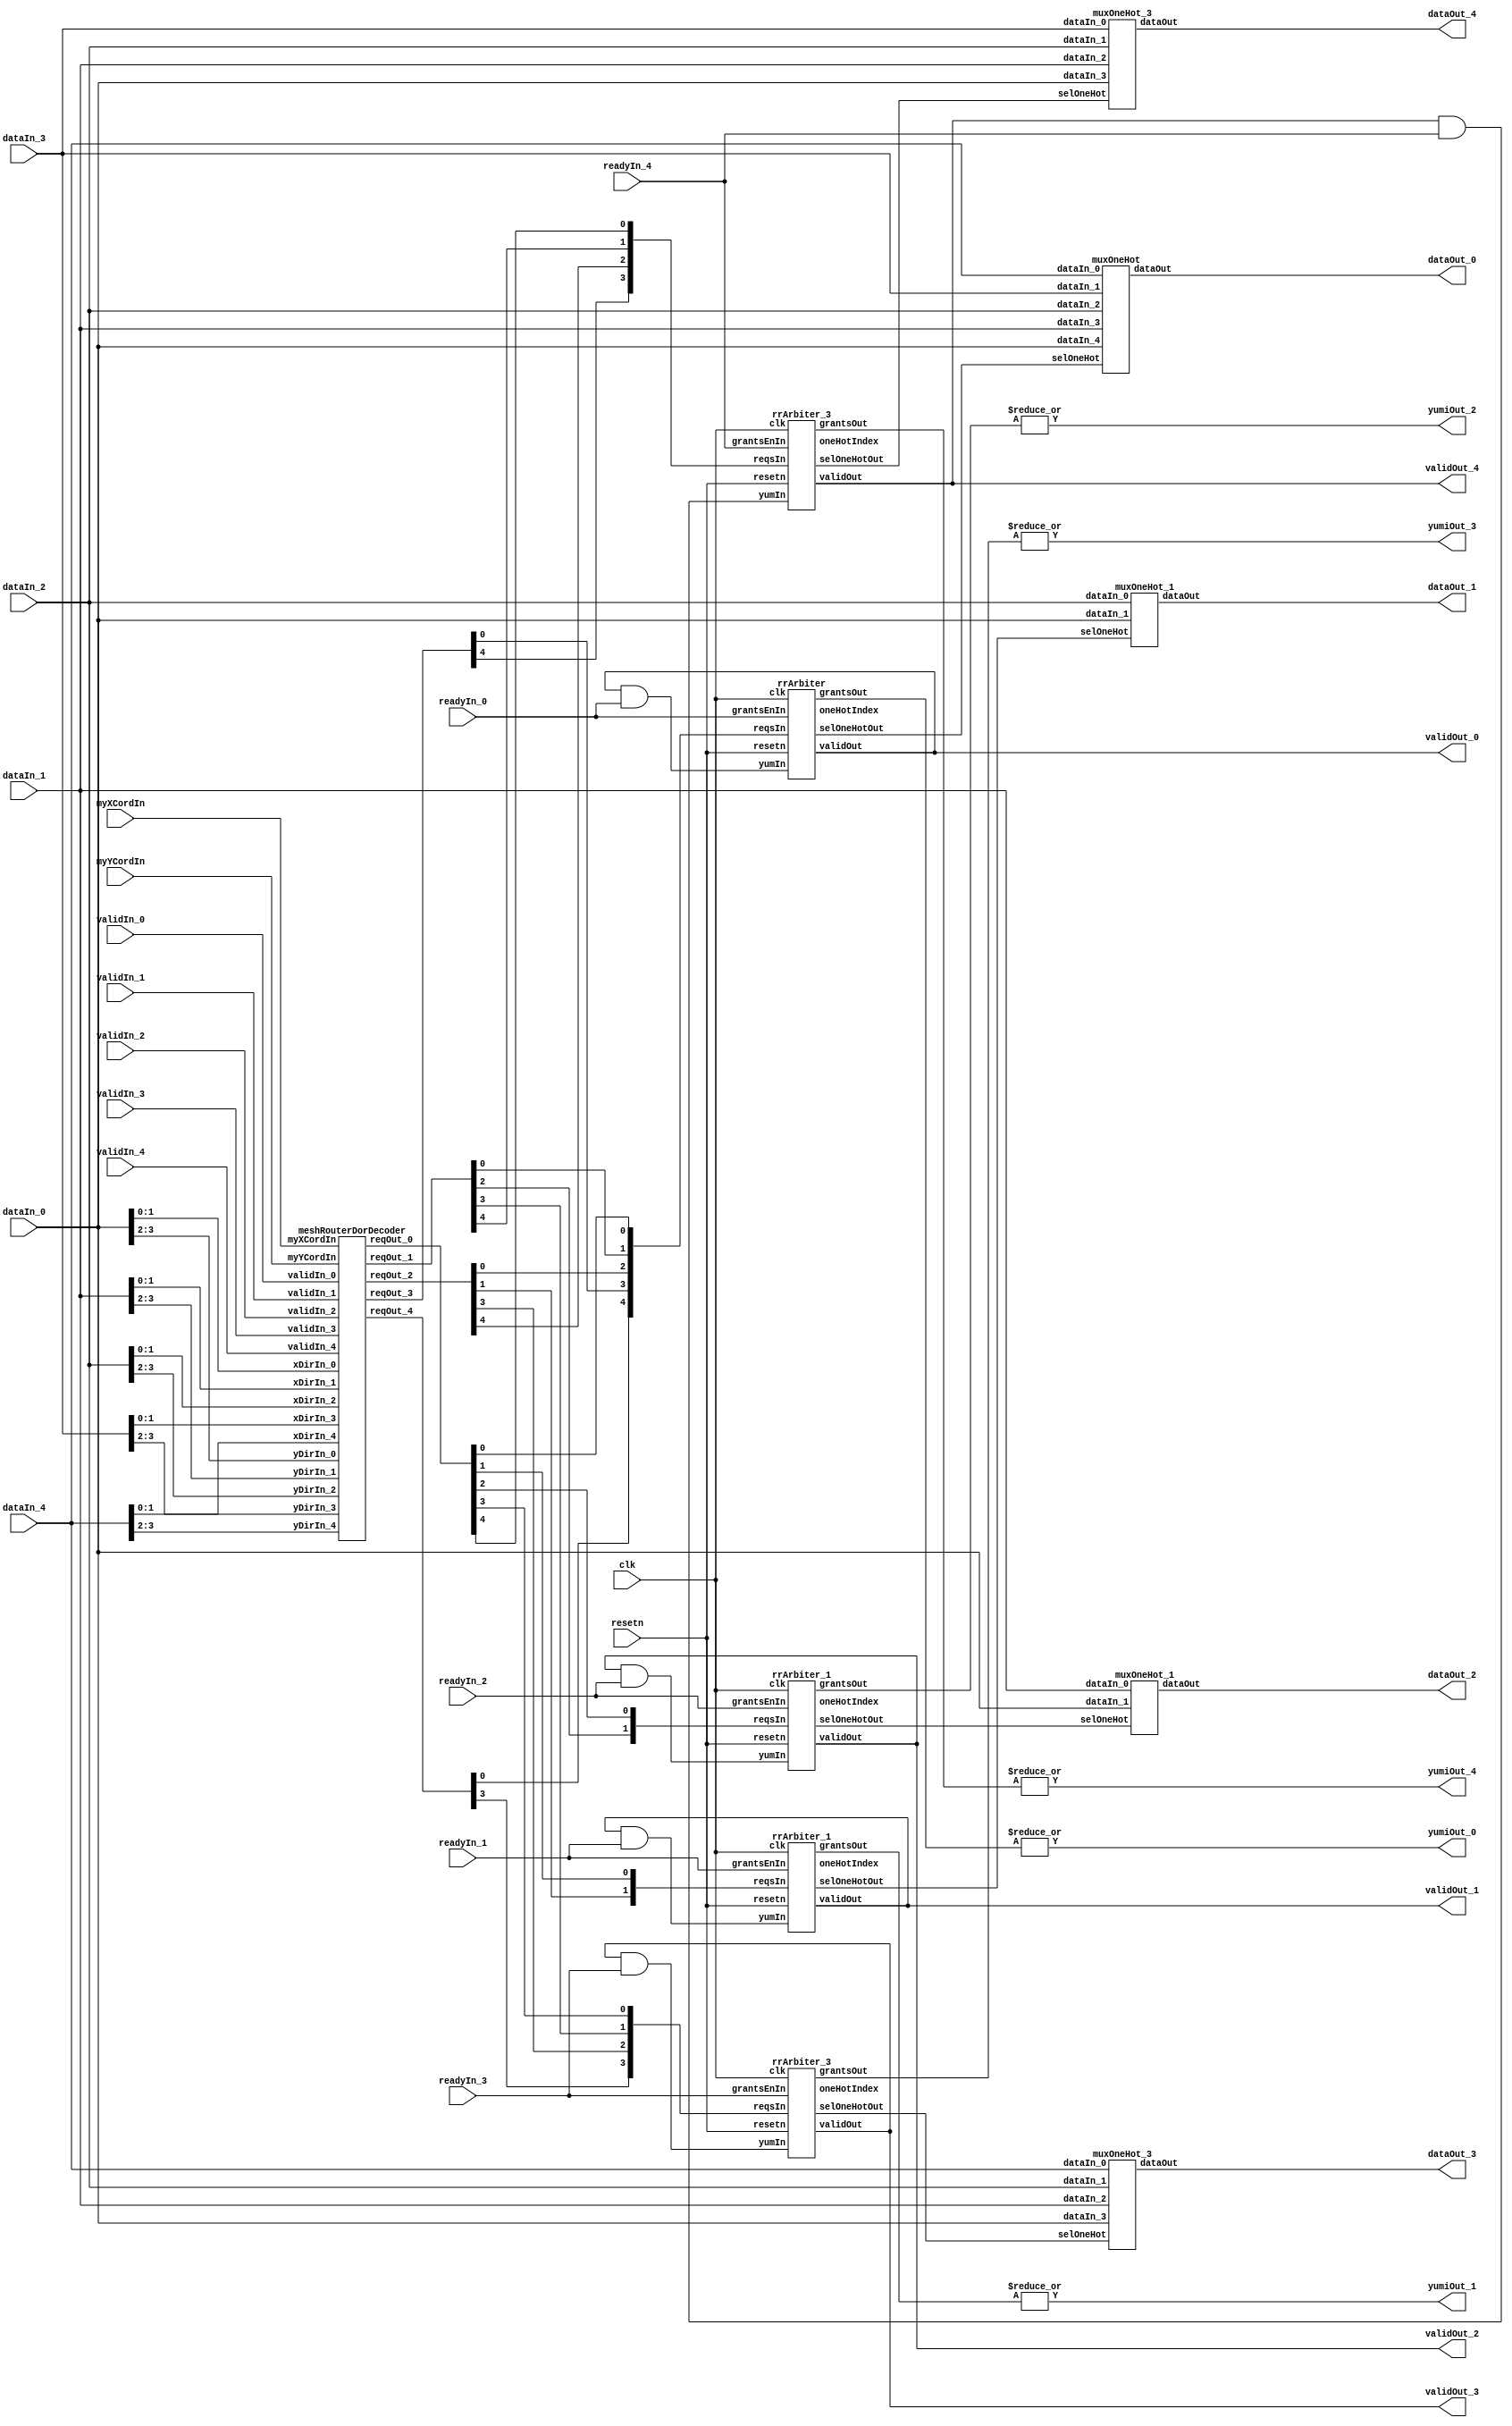
// Generator : SpinalHDL v1.7.3    git head : ed8004c489ee8a38c2cab309d0447b543fe9d5b8
// Component : meshRouter

`timescale 1ns/1ps

module meshRouter (
  input      [31:0]   dataIn_0,
  input      [31:0]   dataIn_1,
  input      [31:0]   dataIn_2,
  input      [31:0]   dataIn_3,
  input      [31:0]   dataIn_4,
  input               validIn_0,
  input               validIn_1,
  input               validIn_2,
  input               validIn_3,
  input               validIn_4,
  output              yumiOut_0,
  output              yumiOut_1,
  output              yumiOut_2,
  output              yumiOut_3,
  output              yumiOut_4,
  input               readyIn_0,
  input               readyIn_1,
  input               readyIn_2,
  input               readyIn_3,
  input               readyIn_4,
  output     [31:0]   dataOut_0,
  output     [31:0]   dataOut_1,
  output     [31:0]   dataOut_2,
  output     [31:0]   dataOut_3,
  output     [31:0]   dataOut_4,
  output              validOut_0,
  output              validOut_1,
  output              validOut_2,
  output              validOut_3,
  output              validOut_4,
  input      [1:0]    myXCordIn,
  input      [1:0]    myYCordIn,
  input               clk,
  input               resetn
);

  wire       [4:0]    meshDorRouting_reqOut_0;
  wire       [4:0]    meshDorRouting_reqOut_1;
  wire       [4:0]    meshDorRouting_reqOut_2;
  wire       [4:0]    meshDorRouting_reqOut_3;
  wire       [4:0]    meshDorRouting_reqOut_4;
  wire       [4:0]    rrArbiter_5_grantsOut;
  wire       [4:0]    rrArbiter_5_selOneHotOut;
  wire       [2:0]    rrArbiter_5_oneHotIndex;
  wire                rrArbiter_5_validOut;
  wire       [31:0]   muxOneHot_5_dataOut;
  wire       [1:0]    rrArbiter_6_grantsOut;
  wire       [1:0]    rrArbiter_6_selOneHotOut;
  wire       [0:0]    rrArbiter_6_oneHotIndex;
  wire                rrArbiter_6_validOut;
  wire       [31:0]   muxOneHot_6_dataOut;
  wire       [1:0]    rrArbiter_7_grantsOut;
  wire       [1:0]    rrArbiter_7_selOneHotOut;
  wire       [0:0]    rrArbiter_7_oneHotIndex;
  wire                rrArbiter_7_validOut;
  wire       [31:0]   muxOneHot_7_dataOut;
  wire       [3:0]    rrArbiter_8_grantsOut;
  wire       [3:0]    rrArbiter_8_selOneHotOut;
  wire       [1:0]    rrArbiter_8_oneHotIndex;
  wire                rrArbiter_8_validOut;
  wire       [31:0]   muxOneHot_8_dataOut;
  wire       [3:0]    rrArbiter_9_grantsOut;
  wire       [3:0]    rrArbiter_9_selOneHotOut;
  wire       [1:0]    rrArbiter_9_oneHotIndex;
  wire                rrArbiter_9_validOut;
  wire       [31:0]   muxOneHot_9_dataOut;
  wire       [31:0]   _zz_xDirs_0;
  wire       [31:0]   _zz_yDirs_0;
  wire       [31:0]   _zz_xDirs_1;
  wire       [31:0]   _zz_yDirs_1;
  wire       [31:0]   _zz_xDirs_2;
  wire       [31:0]   _zz_yDirs_2;
  wire       [31:0]   _zz_xDirs_3;
  wire       [31:0]   _zz_yDirs_3;
  wire       [31:0]   _zz_xDirs_4;
  wire       [31:0]   _zz_yDirs_4;
  wire       [1:0]    xDirs_0;
  wire       [1:0]    xDirs_1;
  wire       [1:0]    xDirs_2;
  wire       [1:0]    xDirs_3;
  wire       [1:0]    xDirs_4;
  wire       [1:0]    yDirs_0;
  wire       [1:0]    yDirs_1;
  wire       [1:0]    yDirs_2;
  wire       [1:0]    yDirs_3;
  wire       [1:0]    yDirs_4;
  wire       [4:0]    _zz_readyInStub_0;
  wire                readyInStub_0;
  wire                readyInStub_1;
  wire                readyInStub_2;
  wire                readyInStub_3;
  wire                readyInStub_4;
  wire       [4:0]    _zz_validInStub_0;
  wire                validInStub_0;
  wire                validInStub_1;
  wire                validInStub_2;
  wire                validInStub_3;
  wire                validInStub_4;
  wire       [4:0]    dirReq_0;
  wire       [4:0]    dirReq_1;
  wire       [4:0]    dirReq_2;
  wire       [4:0]    dirReq_3;
  wire       [4:0]    dirReq_4;
  wire                grantDirEnIn_0;
  wire                grantDirEnIn_1;
  wire                grantDirEnIn_2;
  wire                grantDirEnIn_3;
  wire                grantDirEnIn_4;
  wire       [4:0]    reqDirIn_0;
  wire       [1:0]    reqDirIn_1;
  wire       [1:0]    reqDirIn_2;
  wire       [3:0]    reqDirIn_3;
  wire       [3:0]    reqDirIn_4;
  wire       [4:0]    grantDirOut_0;
  wire       [1:0]    grantDirOut_1;
  wire       [1:0]    grantDirOut_2;
  wire       [3:0]    grantDirOut_3;
  wire       [3:0]    grantDirOut_4;
  wire       [4:0]    selDirOut_0;
  wire       [1:0]    selDirOut_1;
  wire       [1:0]    selDirOut_2;
  wire       [3:0]    selDirOut_3;
  wire       [3:0]    selDirOut_4;
  wire                validDirOut_0;
  wire                validDirOut_1;
  wire                validDirOut_2;
  wire                validDirOut_3;
  wire                validDirOut_4;
  wire                yumDirIn_0;
  wire                yumDirIn_1;
  wire                yumDirIn_2;
  wire                yumDirIn_3;
  wire                yumDirIn_4;

  assign _zz_xDirs_0 = dataIn_0;
  assign _zz_yDirs_0 = dataIn_0;
  assign _zz_xDirs_1 = dataIn_1;
  assign _zz_yDirs_1 = dataIn_1;
  assign _zz_xDirs_2 = dataIn_2;
  assign _zz_yDirs_2 = dataIn_2;
  assign _zz_xDirs_3 = dataIn_3;
  assign _zz_yDirs_3 = dataIn_3;
  assign _zz_xDirs_4 = dataIn_4;
  assign _zz_yDirs_4 = dataIn_4;
  meshRouterDorDecoder meshDorRouting (
    .validIn_0 (validInStub_0               ), //i
    .validIn_1 (validInStub_1               ), //i
    .validIn_2 (validInStub_2               ), //i
    .validIn_3 (validInStub_3               ), //i
    .validIn_4 (validInStub_4               ), //i
    .xDirIn_0  (xDirs_0[1:0]                ), //i
    .xDirIn_1  (xDirs_1[1:0]                ), //i
    .xDirIn_2  (xDirs_2[1:0]                ), //i
    .xDirIn_3  (xDirs_3[1:0]                ), //i
    .xDirIn_4  (xDirs_4[1:0]                ), //i
    .yDirIn_0  (yDirs_0[1:0]                ), //i
    .yDirIn_1  (yDirs_1[1:0]                ), //i
    .yDirIn_2  (yDirs_2[1:0]                ), //i
    .yDirIn_3  (yDirs_3[1:0]                ), //i
    .yDirIn_4  (yDirs_4[1:0]                ), //i
    .myXCordIn (myXCordIn[1:0]              ), //i
    .myYCordIn (myYCordIn[1:0]              ), //i
    .reqOut_0  (meshDorRouting_reqOut_0[4:0]), //o
    .reqOut_1  (meshDorRouting_reqOut_1[4:0]), //o
    .reqOut_2  (meshDorRouting_reqOut_2[4:0]), //o
    .reqOut_3  (meshDorRouting_reqOut_3[4:0]), //o
    .reqOut_4  (meshDorRouting_reqOut_4[4:0])  //o
  );
  rrArbiter rrArbiter_5 (
    .grantsEnIn   (grantDirEnIn_0               ), //i
    .reqsIn       (reqDirIn_0[4:0]              ), //i
    .grantsOut    (rrArbiter_5_grantsOut[4:0]   ), //o
    .selOneHotOut (rrArbiter_5_selOneHotOut[4:0]), //o
    .yumIn        (yumDirIn_0                   ), //i
    .oneHotIndex  (rrArbiter_5_oneHotIndex[2:0] ), //o
    .validOut     (rrArbiter_5_validOut         ), //o
    .clk          (clk                          ), //i
    .resetn       (resetn                       )  //i
  );
  muxOneHot muxOneHot_5 (
    .dataIn_0  (dataIn_4[31:0]           ), //i
    .dataIn_1  (dataIn_3[31:0]           ), //i
    .dataIn_2  (dataIn_2[31:0]           ), //i
    .dataIn_3  (dataIn_1[31:0]           ), //i
    .dataIn_4  (dataIn_0[31:0]           ), //i
    .selOneHot (selDirOut_0[4:0]         ), //i
    .dataOut   (muxOneHot_5_dataOut[31:0])  //o
  );
  rrArbiter_1 rrArbiter_6 (
    .grantsEnIn   (grantDirEnIn_1               ), //i
    .reqsIn       (reqDirIn_1[1:0]              ), //i
    .grantsOut    (rrArbiter_6_grantsOut[1:0]   ), //o
    .selOneHotOut (rrArbiter_6_selOneHotOut[1:0]), //o
    .yumIn        (yumDirIn_1                   ), //i
    .oneHotIndex  (rrArbiter_6_oneHotIndex      ), //o
    .validOut     (rrArbiter_6_validOut         ), //o
    .clk          (clk                          ), //i
    .resetn       (resetn                       )  //i
  );
  muxOneHot_1 muxOneHot_6 (
    .dataIn_0  (dataIn_2[31:0]           ), //i
    .dataIn_1  (dataIn_0[31:0]           ), //i
    .selOneHot (selDirOut_1[1:0]         ), //i
    .dataOut   (muxOneHot_6_dataOut[31:0])  //o
  );
  rrArbiter_1 rrArbiter_7 (
    .grantsEnIn   (grantDirEnIn_2               ), //i
    .reqsIn       (reqDirIn_2[1:0]              ), //i
    .grantsOut    (rrArbiter_7_grantsOut[1:0]   ), //o
    .selOneHotOut (rrArbiter_7_selOneHotOut[1:0]), //o
    .yumIn        (yumDirIn_2                   ), //i
    .oneHotIndex  (rrArbiter_7_oneHotIndex      ), //o
    .validOut     (rrArbiter_7_validOut         ), //o
    .clk          (clk                          ), //i
    .resetn       (resetn                       )  //i
  );
  muxOneHot_1 muxOneHot_7 (
    .dataIn_0  (dataIn_1[31:0]           ), //i
    .dataIn_1  (dataIn_0[31:0]           ), //i
    .selOneHot (selDirOut_2[1:0]         ), //i
    .dataOut   (muxOneHot_7_dataOut[31:0])  //o
  );
  rrArbiter_3 rrArbiter_8 (
    .grantsEnIn   (grantDirEnIn_3               ), //i
    .reqsIn       (reqDirIn_3[3:0]              ), //i
    .grantsOut    (rrArbiter_8_grantsOut[3:0]   ), //o
    .selOneHotOut (rrArbiter_8_selOneHotOut[3:0]), //o
    .yumIn        (yumDirIn_3                   ), //i
    .oneHotIndex  (rrArbiter_8_oneHotIndex[1:0] ), //o
    .validOut     (rrArbiter_8_validOut         ), //o
    .clk          (clk                          ), //i
    .resetn       (resetn                       )  //i
  );
  muxOneHot_3 muxOneHot_8 (
    .dataIn_0  (dataIn_4[31:0]           ), //i
    .dataIn_1  (dataIn_2[31:0]           ), //i
    .dataIn_2  (dataIn_1[31:0]           ), //i
    .dataIn_3  (dataIn_0[31:0]           ), //i
    .selOneHot (selDirOut_3[3:0]         ), //i
    .dataOut   (muxOneHot_8_dataOut[31:0])  //o
  );
  rrArbiter_3 rrArbiter_9 (
    .grantsEnIn   (grantDirEnIn_4               ), //i
    .reqsIn       (reqDirIn_4[3:0]              ), //i
    .grantsOut    (rrArbiter_9_grantsOut[3:0]   ), //o
    .selOneHotOut (rrArbiter_9_selOneHotOut[3:0]), //o
    .yumIn        (yumDirIn_4                   ), //i
    .oneHotIndex  (rrArbiter_9_oneHotIndex[1:0] ), //o
    .validOut     (rrArbiter_9_validOut         ), //o
    .clk          (clk                          ), //i
    .resetn       (resetn                       )  //i
  );
  muxOneHot_3 muxOneHot_9 (
    .dataIn_0  (dataIn_3[31:0]           ), //i
    .dataIn_1  (dataIn_2[31:0]           ), //i
    .dataIn_2  (dataIn_1[31:0]           ), //i
    .dataIn_3  (dataIn_0[31:0]           ), //i
    .selOneHot (selDirOut_4[3:0]         ), //i
    .dataOut   (muxOneHot_9_dataOut[31:0])  //o
  );
  assign _zz_readyInStub_0 = 5'h0;
  assign readyInStub_0 = (readyIn_0 || _zz_readyInStub_0[0]);
  assign readyInStub_1 = (readyIn_1 || _zz_readyInStub_0[1]);
  assign readyInStub_2 = (readyIn_2 || _zz_readyInStub_0[2]);
  assign readyInStub_3 = (readyIn_3 || _zz_readyInStub_0[3]);
  assign readyInStub_4 = (readyIn_4 || _zz_readyInStub_0[4]);
  assign _zz_validInStub_0 = 5'h0;
  assign validInStub_0 = (validIn_0 || _zz_validInStub_0[0]);
  assign validInStub_1 = (validIn_1 || _zz_validInStub_0[1]);
  assign validInStub_2 = (validIn_2 || _zz_validInStub_0[2]);
  assign validInStub_3 = (validIn_3 || _zz_validInStub_0[3]);
  assign validInStub_4 = (validIn_4 || _zz_validInStub_0[4]);
  assign xDirs_0 = _zz_xDirs_0[1 : 0];
  assign yDirs_0 = _zz_yDirs_0[3 : 2];
  assign xDirs_1 = _zz_xDirs_1[1 : 0];
  assign yDirs_1 = _zz_yDirs_1[3 : 2];
  assign xDirs_2 = _zz_xDirs_2[1 : 0];
  assign yDirs_2 = _zz_yDirs_2[3 : 2];
  assign xDirs_3 = _zz_xDirs_3[1 : 0];
  assign yDirs_3 = _zz_yDirs_3[3 : 2];
  assign xDirs_4 = _zz_xDirs_4[1 : 0];
  assign yDirs_4 = _zz_yDirs_4[3 : 2];
  assign dirReq_0 = meshDorRouting_reqOut_0;
  assign dirReq_1 = meshDorRouting_reqOut_1;
  assign dirReq_2 = meshDorRouting_reqOut_2;
  assign dirReq_3 = meshDorRouting_reqOut_3;
  assign dirReq_4 = meshDorRouting_reqOut_4;
  assign grantDirEnIn_0 = readyInStub_0;
  assign yumDirIn_0 = (validDirOut_0 && readyInStub_0);
  assign reqDirIn_0 = {{{{dirReq_4[0],dirReq_3[0]},dirReq_2[0]},dirReq_1[0]},dirReq_0[0]};
  assign grantDirOut_0 = rrArbiter_5_grantsOut;
  assign selDirOut_0 = rrArbiter_5_selOneHotOut;
  assign validDirOut_0 = rrArbiter_5_validOut;
  assign dataOut_0 = muxOneHot_5_dataOut;
  assign yumiOut_0 = (|grantDirOut_0);
  assign validOut_0 = validDirOut_0;
  assign grantDirEnIn_1 = readyInStub_1;
  assign yumDirIn_1 = (validDirOut_1 && readyInStub_1);
  assign reqDirIn_1 = {dirReq_2[1],dirReq_0[1]};
  assign grantDirOut_1 = rrArbiter_6_grantsOut;
  assign selDirOut_1 = rrArbiter_6_selOneHotOut;
  assign validDirOut_1 = rrArbiter_6_validOut;
  assign dataOut_1 = muxOneHot_6_dataOut;
  assign yumiOut_1 = (|grantDirOut_1);
  assign validOut_1 = validDirOut_1;
  assign grantDirEnIn_2 = readyInStub_2;
  assign yumDirIn_2 = (validDirOut_2 && readyInStub_2);
  assign reqDirIn_2 = {dirReq_1[2],dirReq_0[2]};
  assign grantDirOut_2 = rrArbiter_7_grantsOut;
  assign selDirOut_2 = rrArbiter_7_selOneHotOut;
  assign validDirOut_2 = rrArbiter_7_validOut;
  assign dataOut_2 = muxOneHot_7_dataOut;
  assign yumiOut_2 = (|grantDirOut_2);
  assign validOut_2 = validDirOut_2;
  assign grantDirEnIn_3 = readyInStub_3;
  assign yumDirIn_3 = (validDirOut_3 && readyInStub_3);
  assign reqDirIn_3 = {{{dirReq_4[3],dirReq_2[3]},dirReq_1[3]},dirReq_0[3]};
  assign grantDirOut_3 = rrArbiter_8_grantsOut;
  assign selDirOut_3 = rrArbiter_8_selOneHotOut;
  assign validDirOut_3 = rrArbiter_8_validOut;
  assign dataOut_3 = muxOneHot_8_dataOut;
  assign yumiOut_3 = (|grantDirOut_3);
  assign validOut_3 = validDirOut_3;
  assign grantDirEnIn_4 = readyInStub_4;
  assign yumDirIn_4 = (validDirOut_4 && readyInStub_4);
  assign reqDirIn_4 = {{{dirReq_3[4],dirReq_2[4]},dirReq_1[4]},dirReq_0[4]};
  assign grantDirOut_4 = rrArbiter_9_grantsOut;
  assign selDirOut_4 = rrArbiter_9_selOneHotOut;
  assign validDirOut_4 = rrArbiter_9_validOut;
  assign dataOut_4 = muxOneHot_9_dataOut;
  assign yumiOut_4 = (|grantDirOut_4);
  assign validOut_4 = validDirOut_4;

endmodule

//muxOneHot_3 replaced by muxOneHot_3

//rrArbiter_3 replaced by rrArbiter_3

module muxOneHot_3 (
  input      [31:0]   dataIn_0,
  input      [31:0]   dataIn_1,
  input      [31:0]   dataIn_2,
  input      [31:0]   dataIn_3,
  input      [3:0]    selOneHot,
  output     [31:0]   dataOut
);

  wire       [31:0]   dataMask_0;
  wire       [31:0]   dataMask_1;
  wire       [31:0]   dataMask_2;
  wire       [31:0]   dataMask_3;
  wire                _zz_dataMask_0;
  reg        [31:0]   _zz_dataMask_0_1;
  wire                _zz_dataMask_1;
  reg        [31:0]   _zz_dataMask_1_1;
  wire                _zz_dataMask_2;
  reg        [31:0]   _zz_dataMask_2_1;
  wire                _zz_dataMask_3;
  reg        [31:0]   _zz_dataMask_3_1;

  assign _zz_dataMask_0 = selOneHot[0];
  always @(*) begin
    _zz_dataMask_0_1[31] = _zz_dataMask_0;
    _zz_dataMask_0_1[30] = _zz_dataMask_0;
    _zz_dataMask_0_1[29] = _zz_dataMask_0;
    _zz_dataMask_0_1[28] = _zz_dataMask_0;
    _zz_dataMask_0_1[27] = _zz_dataMask_0;
    _zz_dataMask_0_1[26] = _zz_dataMask_0;
    _zz_dataMask_0_1[25] = _zz_dataMask_0;
    _zz_dataMask_0_1[24] = _zz_dataMask_0;
    _zz_dataMask_0_1[23] = _zz_dataMask_0;
    _zz_dataMask_0_1[22] = _zz_dataMask_0;
    _zz_dataMask_0_1[21] = _zz_dataMask_0;
    _zz_dataMask_0_1[20] = _zz_dataMask_0;
    _zz_dataMask_0_1[19] = _zz_dataMask_0;
    _zz_dataMask_0_1[18] = _zz_dataMask_0;
    _zz_dataMask_0_1[17] = _zz_dataMask_0;
    _zz_dataMask_0_1[16] = _zz_dataMask_0;
    _zz_dataMask_0_1[15] = _zz_dataMask_0;
    _zz_dataMask_0_1[14] = _zz_dataMask_0;
    _zz_dataMask_0_1[13] = _zz_dataMask_0;
    _zz_dataMask_0_1[12] = _zz_dataMask_0;
    _zz_dataMask_0_1[11] = _zz_dataMask_0;
    _zz_dataMask_0_1[10] = _zz_dataMask_0;
    _zz_dataMask_0_1[9] = _zz_dataMask_0;
    _zz_dataMask_0_1[8] = _zz_dataMask_0;
    _zz_dataMask_0_1[7] = _zz_dataMask_0;
    _zz_dataMask_0_1[6] = _zz_dataMask_0;
    _zz_dataMask_0_1[5] = _zz_dataMask_0;
    _zz_dataMask_0_1[4] = _zz_dataMask_0;
    _zz_dataMask_0_1[3] = _zz_dataMask_0;
    _zz_dataMask_0_1[2] = _zz_dataMask_0;
    _zz_dataMask_0_1[1] = _zz_dataMask_0;
    _zz_dataMask_0_1[0] = _zz_dataMask_0;
  end

  assign dataMask_0 = (_zz_dataMask_0_1 & dataIn_0);
  assign _zz_dataMask_1 = selOneHot[1];
  always @(*) begin
    _zz_dataMask_1_1[31] = _zz_dataMask_1;
    _zz_dataMask_1_1[30] = _zz_dataMask_1;
    _zz_dataMask_1_1[29] = _zz_dataMask_1;
    _zz_dataMask_1_1[28] = _zz_dataMask_1;
    _zz_dataMask_1_1[27] = _zz_dataMask_1;
    _zz_dataMask_1_1[26] = _zz_dataMask_1;
    _zz_dataMask_1_1[25] = _zz_dataMask_1;
    _zz_dataMask_1_1[24] = _zz_dataMask_1;
    _zz_dataMask_1_1[23] = _zz_dataMask_1;
    _zz_dataMask_1_1[22] = _zz_dataMask_1;
    _zz_dataMask_1_1[21] = _zz_dataMask_1;
    _zz_dataMask_1_1[20] = _zz_dataMask_1;
    _zz_dataMask_1_1[19] = _zz_dataMask_1;
    _zz_dataMask_1_1[18] = _zz_dataMask_1;
    _zz_dataMask_1_1[17] = _zz_dataMask_1;
    _zz_dataMask_1_1[16] = _zz_dataMask_1;
    _zz_dataMask_1_1[15] = _zz_dataMask_1;
    _zz_dataMask_1_1[14] = _zz_dataMask_1;
    _zz_dataMask_1_1[13] = _zz_dataMask_1;
    _zz_dataMask_1_1[12] = _zz_dataMask_1;
    _zz_dataMask_1_1[11] = _zz_dataMask_1;
    _zz_dataMask_1_1[10] = _zz_dataMask_1;
    _zz_dataMask_1_1[9] = _zz_dataMask_1;
    _zz_dataMask_1_1[8] = _zz_dataMask_1;
    _zz_dataMask_1_1[7] = _zz_dataMask_1;
    _zz_dataMask_1_1[6] = _zz_dataMask_1;
    _zz_dataMask_1_1[5] = _zz_dataMask_1;
    _zz_dataMask_1_1[4] = _zz_dataMask_1;
    _zz_dataMask_1_1[3] = _zz_dataMask_1;
    _zz_dataMask_1_1[2] = _zz_dataMask_1;
    _zz_dataMask_1_1[1] = _zz_dataMask_1;
    _zz_dataMask_1_1[0] = _zz_dataMask_1;
  end

  assign dataMask_1 = (_zz_dataMask_1_1 & dataIn_1);
  assign _zz_dataMask_2 = selOneHot[2];
  always @(*) begin
    _zz_dataMask_2_1[31] = _zz_dataMask_2;
    _zz_dataMask_2_1[30] = _zz_dataMask_2;
    _zz_dataMask_2_1[29] = _zz_dataMask_2;
    _zz_dataMask_2_1[28] = _zz_dataMask_2;
    _zz_dataMask_2_1[27] = _zz_dataMask_2;
    _zz_dataMask_2_1[26] = _zz_dataMask_2;
    _zz_dataMask_2_1[25] = _zz_dataMask_2;
    _zz_dataMask_2_1[24] = _zz_dataMask_2;
    _zz_dataMask_2_1[23] = _zz_dataMask_2;
    _zz_dataMask_2_1[22] = _zz_dataMask_2;
    _zz_dataMask_2_1[21] = _zz_dataMask_2;
    _zz_dataMask_2_1[20] = _zz_dataMask_2;
    _zz_dataMask_2_1[19] = _zz_dataMask_2;
    _zz_dataMask_2_1[18] = _zz_dataMask_2;
    _zz_dataMask_2_1[17] = _zz_dataMask_2;
    _zz_dataMask_2_1[16] = _zz_dataMask_2;
    _zz_dataMask_2_1[15] = _zz_dataMask_2;
    _zz_dataMask_2_1[14] = _zz_dataMask_2;
    _zz_dataMask_2_1[13] = _zz_dataMask_2;
    _zz_dataMask_2_1[12] = _zz_dataMask_2;
    _zz_dataMask_2_1[11] = _zz_dataMask_2;
    _zz_dataMask_2_1[10] = _zz_dataMask_2;
    _zz_dataMask_2_1[9] = _zz_dataMask_2;
    _zz_dataMask_2_1[8] = _zz_dataMask_2;
    _zz_dataMask_2_1[7] = _zz_dataMask_2;
    _zz_dataMask_2_1[6] = _zz_dataMask_2;
    _zz_dataMask_2_1[5] = _zz_dataMask_2;
    _zz_dataMask_2_1[4] = _zz_dataMask_2;
    _zz_dataMask_2_1[3] = _zz_dataMask_2;
    _zz_dataMask_2_1[2] = _zz_dataMask_2;
    _zz_dataMask_2_1[1] = _zz_dataMask_2;
    _zz_dataMask_2_1[0] = _zz_dataMask_2;
  end

  assign dataMask_2 = (_zz_dataMask_2_1 & dataIn_2);
  assign _zz_dataMask_3 = selOneHot[3];
  always @(*) begin
    _zz_dataMask_3_1[31] = _zz_dataMask_3;
    _zz_dataMask_3_1[30] = _zz_dataMask_3;
    _zz_dataMask_3_1[29] = _zz_dataMask_3;
    _zz_dataMask_3_1[28] = _zz_dataMask_3;
    _zz_dataMask_3_1[27] = _zz_dataMask_3;
    _zz_dataMask_3_1[26] = _zz_dataMask_3;
    _zz_dataMask_3_1[25] = _zz_dataMask_3;
    _zz_dataMask_3_1[24] = _zz_dataMask_3;
    _zz_dataMask_3_1[23] = _zz_dataMask_3;
    _zz_dataMask_3_1[22] = _zz_dataMask_3;
    _zz_dataMask_3_1[21] = _zz_dataMask_3;
    _zz_dataMask_3_1[20] = _zz_dataMask_3;
    _zz_dataMask_3_1[19] = _zz_dataMask_3;
    _zz_dataMask_3_1[18] = _zz_dataMask_3;
    _zz_dataMask_3_1[17] = _zz_dataMask_3;
    _zz_dataMask_3_1[16] = _zz_dataMask_3;
    _zz_dataMask_3_1[15] = _zz_dataMask_3;
    _zz_dataMask_3_1[14] = _zz_dataMask_3;
    _zz_dataMask_3_1[13] = _zz_dataMask_3;
    _zz_dataMask_3_1[12] = _zz_dataMask_3;
    _zz_dataMask_3_1[11] = _zz_dataMask_3;
    _zz_dataMask_3_1[10] = _zz_dataMask_3;
    _zz_dataMask_3_1[9] = _zz_dataMask_3;
    _zz_dataMask_3_1[8] = _zz_dataMask_3;
    _zz_dataMask_3_1[7] = _zz_dataMask_3;
    _zz_dataMask_3_1[6] = _zz_dataMask_3;
    _zz_dataMask_3_1[5] = _zz_dataMask_3;
    _zz_dataMask_3_1[4] = _zz_dataMask_3;
    _zz_dataMask_3_1[3] = _zz_dataMask_3;
    _zz_dataMask_3_1[2] = _zz_dataMask_3;
    _zz_dataMask_3_1[1] = _zz_dataMask_3;
    _zz_dataMask_3_1[0] = _zz_dataMask_3;
  end

  assign dataMask_3 = (_zz_dataMask_3_1 & dataIn_3);
  assign dataOut = (((dataMask_0 | dataMask_1) | dataMask_2) | dataMask_3);

endmodule

module rrArbiter_3 (
  input               grantsEnIn,
  input      [3:0]    reqsIn,
  output     [3:0]    grantsOut,
  output     [3:0]    selOneHotOut,
  input               yumIn,
  output     [1:0]    oneHotIndex,
  output              validOut,
  input               clk,
  input               resetn
);

  wire       [3:0]    reqsMask;
  reg        [3:0]    maskHigerReq;
  reg        [3:0]    unmaskHigerReq;
  wire       [3:0]    maskSelOneHot;
  wire       [3:0]    unMaskSelOneHot;
  wire                noReqMask;
  reg        [3:0]    pointerReg;
  wire       [3:0]    _zz_pointerReg;
  wire                when_nocDefines_l522;
  wire                when_nocDefines_l525;
  reg        [3:0]    _zz_selOneHotOut;
  reg        [3:0]    _zz_grantsOut;
  reg        [1:0]    oneHotIndex_0;
  reg        [1:0]    oneHotIndex_1;
  reg        [1:0]    oneHotIndex_2;
  reg        [1:0]    oneHotIndex_3;
  wire                when_nocDefines_l549;
  wire                when_nocDefines_l549_1;
  wire                when_nocDefines_l549_2;
  wire                when_nocDefines_l549_3;

  assign _zz_pointerReg[3 : 0] = 4'b1111;
  assign when_nocDefines_l522 = (|reqsMask);
  assign when_nocDefines_l525 = (|reqsIn);
  assign reqsMask = (reqsIn & pointerReg);
  always @(*) begin
    maskHigerReq[3 : 1] = (maskHigerReq[2 : 0] | reqsMask[2 : 0]);
    maskHigerReq[0] = 1'b0;
  end

  assign maskSelOneHot = (reqsMask & (~ maskHigerReq));
  always @(*) begin
    unmaskHigerReq[3 : 1] = (unmaskHigerReq[2 : 0] | reqsIn[2 : 0]);
    unmaskHigerReq[0] = 1'b0;
  end

  assign unMaskSelOneHot = (reqsIn & (~ unmaskHigerReq));
  assign noReqMask = (! (|reqsMask));
  always @(*) begin
    _zz_selOneHotOut[3] = noReqMask;
    _zz_selOneHotOut[2] = noReqMask;
    _zz_selOneHotOut[1] = noReqMask;
    _zz_selOneHotOut[0] = noReqMask;
  end

  assign selOneHotOut = ((_zz_selOneHotOut & unMaskSelOneHot) | maskSelOneHot);
  always @(*) begin
    _zz_grantsOut[3] = grantsEnIn;
    _zz_grantsOut[2] = grantsEnIn;
    _zz_grantsOut[1] = grantsEnIn;
    _zz_grantsOut[0] = grantsEnIn;
  end

  assign grantsOut = (_zz_grantsOut & selOneHotOut);
  assign validOut = (|reqsIn);
  assign when_nocDefines_l549 = selOneHotOut[0];
  always @(*) begin
    if(when_nocDefines_l549) begin
      oneHotIndex_0 = 2'b00;
    end else begin
      oneHotIndex_0 = 2'b00;
    end
  end

  assign when_nocDefines_l549_1 = selOneHotOut[1];
  always @(*) begin
    if(when_nocDefines_l549_1) begin
      oneHotIndex_1 = 2'b01;
    end else begin
      oneHotIndex_1 = 2'b00;
    end
  end

  assign when_nocDefines_l549_2 = selOneHotOut[2];
  always @(*) begin
    if(when_nocDefines_l549_2) begin
      oneHotIndex_2 = 2'b10;
    end else begin
      oneHotIndex_2 = 2'b00;
    end
  end

  assign when_nocDefines_l549_3 = selOneHotOut[3];
  always @(*) begin
    if(when_nocDefines_l549_3) begin
      oneHotIndex_3 = 2'b11;
    end else begin
      oneHotIndex_3 = 2'b00;
    end
  end

  assign oneHotIndex = (((oneHotIndex_0 | oneHotIndex_1) | oneHotIndex_2) | oneHotIndex_3);
  always @(posedge clk or negedge resetn) begin
    if(!resetn) begin
      pointerReg <= _zz_pointerReg;
    end else begin
      if(when_nocDefines_l522) begin
        pointerReg <= maskHigerReq;
      end else begin
        if(when_nocDefines_l525) begin
          pointerReg <= unmaskHigerReq;
        end else begin
          pointerReg <= pointerReg;
        end
      end
    end
  end


endmodule

//muxOneHot_1 replaced by muxOneHot_1

//rrArbiter_1 replaced by rrArbiter_1

module muxOneHot_1 (
  input      [31:0]   dataIn_0,
  input      [31:0]   dataIn_1,
  input      [1:0]    selOneHot,
  output     [31:0]   dataOut
);

  wire       [31:0]   dataMask_0;
  wire       [31:0]   dataMask_1;
  wire                _zz_dataMask_0;
  reg        [31:0]   _zz_dataMask_0_1;
  wire                _zz_dataMask_1;
  reg        [31:0]   _zz_dataMask_1_1;

  assign _zz_dataMask_0 = selOneHot[0];
  always @(*) begin
    _zz_dataMask_0_1[31] = _zz_dataMask_0;
    _zz_dataMask_0_1[30] = _zz_dataMask_0;
    _zz_dataMask_0_1[29] = _zz_dataMask_0;
    _zz_dataMask_0_1[28] = _zz_dataMask_0;
    _zz_dataMask_0_1[27] = _zz_dataMask_0;
    _zz_dataMask_0_1[26] = _zz_dataMask_0;
    _zz_dataMask_0_1[25] = _zz_dataMask_0;
    _zz_dataMask_0_1[24] = _zz_dataMask_0;
    _zz_dataMask_0_1[23] = _zz_dataMask_0;
    _zz_dataMask_0_1[22] = _zz_dataMask_0;
    _zz_dataMask_0_1[21] = _zz_dataMask_0;
    _zz_dataMask_0_1[20] = _zz_dataMask_0;
    _zz_dataMask_0_1[19] = _zz_dataMask_0;
    _zz_dataMask_0_1[18] = _zz_dataMask_0;
    _zz_dataMask_0_1[17] = _zz_dataMask_0;
    _zz_dataMask_0_1[16] = _zz_dataMask_0;
    _zz_dataMask_0_1[15] = _zz_dataMask_0;
    _zz_dataMask_0_1[14] = _zz_dataMask_0;
    _zz_dataMask_0_1[13] = _zz_dataMask_0;
    _zz_dataMask_0_1[12] = _zz_dataMask_0;
    _zz_dataMask_0_1[11] = _zz_dataMask_0;
    _zz_dataMask_0_1[10] = _zz_dataMask_0;
    _zz_dataMask_0_1[9] = _zz_dataMask_0;
    _zz_dataMask_0_1[8] = _zz_dataMask_0;
    _zz_dataMask_0_1[7] = _zz_dataMask_0;
    _zz_dataMask_0_1[6] = _zz_dataMask_0;
    _zz_dataMask_0_1[5] = _zz_dataMask_0;
    _zz_dataMask_0_1[4] = _zz_dataMask_0;
    _zz_dataMask_0_1[3] = _zz_dataMask_0;
    _zz_dataMask_0_1[2] = _zz_dataMask_0;
    _zz_dataMask_0_1[1] = _zz_dataMask_0;
    _zz_dataMask_0_1[0] = _zz_dataMask_0;
  end

  assign dataMask_0 = (_zz_dataMask_0_1 & dataIn_0);
  assign _zz_dataMask_1 = selOneHot[1];
  always @(*) begin
    _zz_dataMask_1_1[31] = _zz_dataMask_1;
    _zz_dataMask_1_1[30] = _zz_dataMask_1;
    _zz_dataMask_1_1[29] = _zz_dataMask_1;
    _zz_dataMask_1_1[28] = _zz_dataMask_1;
    _zz_dataMask_1_1[27] = _zz_dataMask_1;
    _zz_dataMask_1_1[26] = _zz_dataMask_1;
    _zz_dataMask_1_1[25] = _zz_dataMask_1;
    _zz_dataMask_1_1[24] = _zz_dataMask_1;
    _zz_dataMask_1_1[23] = _zz_dataMask_1;
    _zz_dataMask_1_1[22] = _zz_dataMask_1;
    _zz_dataMask_1_1[21] = _zz_dataMask_1;
    _zz_dataMask_1_1[20] = _zz_dataMask_1;
    _zz_dataMask_1_1[19] = _zz_dataMask_1;
    _zz_dataMask_1_1[18] = _zz_dataMask_1;
    _zz_dataMask_1_1[17] = _zz_dataMask_1;
    _zz_dataMask_1_1[16] = _zz_dataMask_1;
    _zz_dataMask_1_1[15] = _zz_dataMask_1;
    _zz_dataMask_1_1[14] = _zz_dataMask_1;
    _zz_dataMask_1_1[13] = _zz_dataMask_1;
    _zz_dataMask_1_1[12] = _zz_dataMask_1;
    _zz_dataMask_1_1[11] = _zz_dataMask_1;
    _zz_dataMask_1_1[10] = _zz_dataMask_1;
    _zz_dataMask_1_1[9] = _zz_dataMask_1;
    _zz_dataMask_1_1[8] = _zz_dataMask_1;
    _zz_dataMask_1_1[7] = _zz_dataMask_1;
    _zz_dataMask_1_1[6] = _zz_dataMask_1;
    _zz_dataMask_1_1[5] = _zz_dataMask_1;
    _zz_dataMask_1_1[4] = _zz_dataMask_1;
    _zz_dataMask_1_1[3] = _zz_dataMask_1;
    _zz_dataMask_1_1[2] = _zz_dataMask_1;
    _zz_dataMask_1_1[1] = _zz_dataMask_1;
    _zz_dataMask_1_1[0] = _zz_dataMask_1;
  end

  assign dataMask_1 = (_zz_dataMask_1_1 & dataIn_1);
  assign dataOut = (dataMask_0 | dataMask_1);

endmodule

module rrArbiter_1 (
  input               grantsEnIn,
  input      [1:0]    reqsIn,
  output     [1:0]    grantsOut,
  output     [1:0]    selOneHotOut,
  input               yumIn,
  output     [0:0]    oneHotIndex,
  output              validOut,
  input               clk,
  input               resetn
);

  wire       [1:0]    reqsMask;
  reg        [1:0]    maskHigerReq;
  reg        [1:0]    unmaskHigerReq;
  wire       [1:0]    maskSelOneHot;
  wire       [1:0]    unMaskSelOneHot;
  wire                noReqMask;
  reg        [1:0]    pointerReg;
  wire       [1:0]    _zz_pointerReg;
  wire                when_nocDefines_l522;
  wire                when_nocDefines_l525;
  reg        [1:0]    _zz_selOneHotOut;
  reg        [1:0]    _zz_grantsOut;
  reg        [0:0]    oneHotIndex_0;
  reg        [0:0]    oneHotIndex_1;
  wire                when_nocDefines_l549;
  wire                when_nocDefines_l549_1;

  assign _zz_pointerReg[1 : 0] = 2'b11;
  assign when_nocDefines_l522 = (|reqsMask);
  assign when_nocDefines_l525 = (|reqsIn);
  assign reqsMask = (reqsIn & pointerReg);
  always @(*) begin
    maskHigerReq[1 : 1] = (maskHigerReq[0 : 0] | reqsMask[0 : 0]);
    maskHigerReq[0] = 1'b0;
  end

  assign maskSelOneHot = (reqsMask & (~ maskHigerReq));
  always @(*) begin
    unmaskHigerReq[1 : 1] = (unmaskHigerReq[0 : 0] | reqsIn[0 : 0]);
    unmaskHigerReq[0] = 1'b0;
  end

  assign unMaskSelOneHot = (reqsIn & (~ unmaskHigerReq));
  assign noReqMask = (! (|reqsMask));
  always @(*) begin
    _zz_selOneHotOut[1] = noReqMask;
    _zz_selOneHotOut[0] = noReqMask;
  end

  assign selOneHotOut = ((_zz_selOneHotOut & unMaskSelOneHot) | maskSelOneHot);
  always @(*) begin
    _zz_grantsOut[1] = grantsEnIn;
    _zz_grantsOut[0] = grantsEnIn;
  end

  assign grantsOut = (_zz_grantsOut & selOneHotOut);
  assign validOut = (|reqsIn);
  assign when_nocDefines_l549 = selOneHotOut[0];
  always @(*) begin
    if(when_nocDefines_l549) begin
      oneHotIndex_0 = 1'b0;
    end else begin
      oneHotIndex_0 = 1'b0;
    end
  end

  assign when_nocDefines_l549_1 = selOneHotOut[1];
  always @(*) begin
    if(when_nocDefines_l549_1) begin
      oneHotIndex_1 = 1'b1;
    end else begin
      oneHotIndex_1 = 1'b0;
    end
  end

  assign oneHotIndex = (oneHotIndex_0 | oneHotIndex_1);
  always @(posedge clk or negedge resetn) begin
    if(!resetn) begin
      pointerReg <= _zz_pointerReg;
    end else begin
      if(when_nocDefines_l522) begin
        pointerReg <= maskHigerReq;
      end else begin
        if(when_nocDefines_l525) begin
          pointerReg <= unmaskHigerReq;
        end else begin
          pointerReg <= pointerReg;
        end
      end
    end
  end


endmodule

module muxOneHot (
  input      [31:0]   dataIn_0,
  input      [31:0]   dataIn_1,
  input      [31:0]   dataIn_2,
  input      [31:0]   dataIn_3,
  input      [31:0]   dataIn_4,
  input      [4:0]    selOneHot,
  output     [31:0]   dataOut
);

  wire       [31:0]   dataMask_0;
  wire       [31:0]   dataMask_1;
  wire       [31:0]   dataMask_2;
  wire       [31:0]   dataMask_3;
  wire       [31:0]   dataMask_4;
  wire                _zz_dataMask_0;
  reg        [31:0]   _zz_dataMask_0_1;
  wire                _zz_dataMask_1;
  reg        [31:0]   _zz_dataMask_1_1;
  wire                _zz_dataMask_2;
  reg        [31:0]   _zz_dataMask_2_1;
  wire                _zz_dataMask_3;
  reg        [31:0]   _zz_dataMask_3_1;
  wire                _zz_dataMask_4;
  reg        [31:0]   _zz_dataMask_4_1;

  assign _zz_dataMask_0 = selOneHot[0];
  always @(*) begin
    _zz_dataMask_0_1[31] = _zz_dataMask_0;
    _zz_dataMask_0_1[30] = _zz_dataMask_0;
    _zz_dataMask_0_1[29] = _zz_dataMask_0;
    _zz_dataMask_0_1[28] = _zz_dataMask_0;
    _zz_dataMask_0_1[27] = _zz_dataMask_0;
    _zz_dataMask_0_1[26] = _zz_dataMask_0;
    _zz_dataMask_0_1[25] = _zz_dataMask_0;
    _zz_dataMask_0_1[24] = _zz_dataMask_0;
    _zz_dataMask_0_1[23] = _zz_dataMask_0;
    _zz_dataMask_0_1[22] = _zz_dataMask_0;
    _zz_dataMask_0_1[21] = _zz_dataMask_0;
    _zz_dataMask_0_1[20] = _zz_dataMask_0;
    _zz_dataMask_0_1[19] = _zz_dataMask_0;
    _zz_dataMask_0_1[18] = _zz_dataMask_0;
    _zz_dataMask_0_1[17] = _zz_dataMask_0;
    _zz_dataMask_0_1[16] = _zz_dataMask_0;
    _zz_dataMask_0_1[15] = _zz_dataMask_0;
    _zz_dataMask_0_1[14] = _zz_dataMask_0;
    _zz_dataMask_0_1[13] = _zz_dataMask_0;
    _zz_dataMask_0_1[12] = _zz_dataMask_0;
    _zz_dataMask_0_1[11] = _zz_dataMask_0;
    _zz_dataMask_0_1[10] = _zz_dataMask_0;
    _zz_dataMask_0_1[9] = _zz_dataMask_0;
    _zz_dataMask_0_1[8] = _zz_dataMask_0;
    _zz_dataMask_0_1[7] = _zz_dataMask_0;
    _zz_dataMask_0_1[6] = _zz_dataMask_0;
    _zz_dataMask_0_1[5] = _zz_dataMask_0;
    _zz_dataMask_0_1[4] = _zz_dataMask_0;
    _zz_dataMask_0_1[3] = _zz_dataMask_0;
    _zz_dataMask_0_1[2] = _zz_dataMask_0;
    _zz_dataMask_0_1[1] = _zz_dataMask_0;
    _zz_dataMask_0_1[0] = _zz_dataMask_0;
  end

  assign dataMask_0 = (_zz_dataMask_0_1 & dataIn_0);
  assign _zz_dataMask_1 = selOneHot[1];
  always @(*) begin
    _zz_dataMask_1_1[31] = _zz_dataMask_1;
    _zz_dataMask_1_1[30] = _zz_dataMask_1;
    _zz_dataMask_1_1[29] = _zz_dataMask_1;
    _zz_dataMask_1_1[28] = _zz_dataMask_1;
    _zz_dataMask_1_1[27] = _zz_dataMask_1;
    _zz_dataMask_1_1[26] = _zz_dataMask_1;
    _zz_dataMask_1_1[25] = _zz_dataMask_1;
    _zz_dataMask_1_1[24] = _zz_dataMask_1;
    _zz_dataMask_1_1[23] = _zz_dataMask_1;
    _zz_dataMask_1_1[22] = _zz_dataMask_1;
    _zz_dataMask_1_1[21] = _zz_dataMask_1;
    _zz_dataMask_1_1[20] = _zz_dataMask_1;
    _zz_dataMask_1_1[19] = _zz_dataMask_1;
    _zz_dataMask_1_1[18] = _zz_dataMask_1;
    _zz_dataMask_1_1[17] = _zz_dataMask_1;
    _zz_dataMask_1_1[16] = _zz_dataMask_1;
    _zz_dataMask_1_1[15] = _zz_dataMask_1;
    _zz_dataMask_1_1[14] = _zz_dataMask_1;
    _zz_dataMask_1_1[13] = _zz_dataMask_1;
    _zz_dataMask_1_1[12] = _zz_dataMask_1;
    _zz_dataMask_1_1[11] = _zz_dataMask_1;
    _zz_dataMask_1_1[10] = _zz_dataMask_1;
    _zz_dataMask_1_1[9] = _zz_dataMask_1;
    _zz_dataMask_1_1[8] = _zz_dataMask_1;
    _zz_dataMask_1_1[7] = _zz_dataMask_1;
    _zz_dataMask_1_1[6] = _zz_dataMask_1;
    _zz_dataMask_1_1[5] = _zz_dataMask_1;
    _zz_dataMask_1_1[4] = _zz_dataMask_1;
    _zz_dataMask_1_1[3] = _zz_dataMask_1;
    _zz_dataMask_1_1[2] = _zz_dataMask_1;
    _zz_dataMask_1_1[1] = _zz_dataMask_1;
    _zz_dataMask_1_1[0] = _zz_dataMask_1;
  end

  assign dataMask_1 = (_zz_dataMask_1_1 & dataIn_1);
  assign _zz_dataMask_2 = selOneHot[2];
  always @(*) begin
    _zz_dataMask_2_1[31] = _zz_dataMask_2;
    _zz_dataMask_2_1[30] = _zz_dataMask_2;
    _zz_dataMask_2_1[29] = _zz_dataMask_2;
    _zz_dataMask_2_1[28] = _zz_dataMask_2;
    _zz_dataMask_2_1[27] = _zz_dataMask_2;
    _zz_dataMask_2_1[26] = _zz_dataMask_2;
    _zz_dataMask_2_1[25] = _zz_dataMask_2;
    _zz_dataMask_2_1[24] = _zz_dataMask_2;
    _zz_dataMask_2_1[23] = _zz_dataMask_2;
    _zz_dataMask_2_1[22] = _zz_dataMask_2;
    _zz_dataMask_2_1[21] = _zz_dataMask_2;
    _zz_dataMask_2_1[20] = _zz_dataMask_2;
    _zz_dataMask_2_1[19] = _zz_dataMask_2;
    _zz_dataMask_2_1[18] = _zz_dataMask_2;
    _zz_dataMask_2_1[17] = _zz_dataMask_2;
    _zz_dataMask_2_1[16] = _zz_dataMask_2;
    _zz_dataMask_2_1[15] = _zz_dataMask_2;
    _zz_dataMask_2_1[14] = _zz_dataMask_2;
    _zz_dataMask_2_1[13] = _zz_dataMask_2;
    _zz_dataMask_2_1[12] = _zz_dataMask_2;
    _zz_dataMask_2_1[11] = _zz_dataMask_2;
    _zz_dataMask_2_1[10] = _zz_dataMask_2;
    _zz_dataMask_2_1[9] = _zz_dataMask_2;
    _zz_dataMask_2_1[8] = _zz_dataMask_2;
    _zz_dataMask_2_1[7] = _zz_dataMask_2;
    _zz_dataMask_2_1[6] = _zz_dataMask_2;
    _zz_dataMask_2_1[5] = _zz_dataMask_2;
    _zz_dataMask_2_1[4] = _zz_dataMask_2;
    _zz_dataMask_2_1[3] = _zz_dataMask_2;
    _zz_dataMask_2_1[2] = _zz_dataMask_2;
    _zz_dataMask_2_1[1] = _zz_dataMask_2;
    _zz_dataMask_2_1[0] = _zz_dataMask_2;
  end

  assign dataMask_2 = (_zz_dataMask_2_1 & dataIn_2);
  assign _zz_dataMask_3 = selOneHot[3];
  always @(*) begin
    _zz_dataMask_3_1[31] = _zz_dataMask_3;
    _zz_dataMask_3_1[30] = _zz_dataMask_3;
    _zz_dataMask_3_1[29] = _zz_dataMask_3;
    _zz_dataMask_3_1[28] = _zz_dataMask_3;
    _zz_dataMask_3_1[27] = _zz_dataMask_3;
    _zz_dataMask_3_1[26] = _zz_dataMask_3;
    _zz_dataMask_3_1[25] = _zz_dataMask_3;
    _zz_dataMask_3_1[24] = _zz_dataMask_3;
    _zz_dataMask_3_1[23] = _zz_dataMask_3;
    _zz_dataMask_3_1[22] = _zz_dataMask_3;
    _zz_dataMask_3_1[21] = _zz_dataMask_3;
    _zz_dataMask_3_1[20] = _zz_dataMask_3;
    _zz_dataMask_3_1[19] = _zz_dataMask_3;
    _zz_dataMask_3_1[18] = _zz_dataMask_3;
    _zz_dataMask_3_1[17] = _zz_dataMask_3;
    _zz_dataMask_3_1[16] = _zz_dataMask_3;
    _zz_dataMask_3_1[15] = _zz_dataMask_3;
    _zz_dataMask_3_1[14] = _zz_dataMask_3;
    _zz_dataMask_3_1[13] = _zz_dataMask_3;
    _zz_dataMask_3_1[12] = _zz_dataMask_3;
    _zz_dataMask_3_1[11] = _zz_dataMask_3;
    _zz_dataMask_3_1[10] = _zz_dataMask_3;
    _zz_dataMask_3_1[9] = _zz_dataMask_3;
    _zz_dataMask_3_1[8] = _zz_dataMask_3;
    _zz_dataMask_3_1[7] = _zz_dataMask_3;
    _zz_dataMask_3_1[6] = _zz_dataMask_3;
    _zz_dataMask_3_1[5] = _zz_dataMask_3;
    _zz_dataMask_3_1[4] = _zz_dataMask_3;
    _zz_dataMask_3_1[3] = _zz_dataMask_3;
    _zz_dataMask_3_1[2] = _zz_dataMask_3;
    _zz_dataMask_3_1[1] = _zz_dataMask_3;
    _zz_dataMask_3_1[0] = _zz_dataMask_3;
  end

  assign dataMask_3 = (_zz_dataMask_3_1 & dataIn_3);
  assign _zz_dataMask_4 = selOneHot[4];
  always @(*) begin
    _zz_dataMask_4_1[31] = _zz_dataMask_4;
    _zz_dataMask_4_1[30] = _zz_dataMask_4;
    _zz_dataMask_4_1[29] = _zz_dataMask_4;
    _zz_dataMask_4_1[28] = _zz_dataMask_4;
    _zz_dataMask_4_1[27] = _zz_dataMask_4;
    _zz_dataMask_4_1[26] = _zz_dataMask_4;
    _zz_dataMask_4_1[25] = _zz_dataMask_4;
    _zz_dataMask_4_1[24] = _zz_dataMask_4;
    _zz_dataMask_4_1[23] = _zz_dataMask_4;
    _zz_dataMask_4_1[22] = _zz_dataMask_4;
    _zz_dataMask_4_1[21] = _zz_dataMask_4;
    _zz_dataMask_4_1[20] = _zz_dataMask_4;
    _zz_dataMask_4_1[19] = _zz_dataMask_4;
    _zz_dataMask_4_1[18] = _zz_dataMask_4;
    _zz_dataMask_4_1[17] = _zz_dataMask_4;
    _zz_dataMask_4_1[16] = _zz_dataMask_4;
    _zz_dataMask_4_1[15] = _zz_dataMask_4;
    _zz_dataMask_4_1[14] = _zz_dataMask_4;
    _zz_dataMask_4_1[13] = _zz_dataMask_4;
    _zz_dataMask_4_1[12] = _zz_dataMask_4;
    _zz_dataMask_4_1[11] = _zz_dataMask_4;
    _zz_dataMask_4_1[10] = _zz_dataMask_4;
    _zz_dataMask_4_1[9] = _zz_dataMask_4;
    _zz_dataMask_4_1[8] = _zz_dataMask_4;
    _zz_dataMask_4_1[7] = _zz_dataMask_4;
    _zz_dataMask_4_1[6] = _zz_dataMask_4;
    _zz_dataMask_4_1[5] = _zz_dataMask_4;
    _zz_dataMask_4_1[4] = _zz_dataMask_4;
    _zz_dataMask_4_1[3] = _zz_dataMask_4;
    _zz_dataMask_4_1[2] = _zz_dataMask_4;
    _zz_dataMask_4_1[1] = _zz_dataMask_4;
    _zz_dataMask_4_1[0] = _zz_dataMask_4;
  end

  assign dataMask_4 = (_zz_dataMask_4_1 & dataIn_4);
  assign dataOut = ((((dataMask_0 | dataMask_1) | dataMask_2) | dataMask_3) | dataMask_4);

endmodule

module rrArbiter (
  input               grantsEnIn,
  input      [4:0]    reqsIn,
  output     [4:0]    grantsOut,
  output     [4:0]    selOneHotOut,
  input               yumIn,
  output     [2:0]    oneHotIndex,
  output              validOut,
  input               clk,
  input               resetn
);

  wire       [4:0]    reqsMask;
  reg        [4:0]    maskHigerReq;
  reg        [4:0]    unmaskHigerReq;
  wire       [4:0]    maskSelOneHot;
  wire       [4:0]    unMaskSelOneHot;
  wire                noReqMask;
  reg        [4:0]    pointerReg;
  wire       [4:0]    _zz_pointerReg;
  wire                when_nocDefines_l522;
  wire                when_nocDefines_l525;
  reg        [4:0]    _zz_selOneHotOut;
  reg        [4:0]    _zz_grantsOut;
  reg        [2:0]    oneHotIndex_0;
  reg        [2:0]    oneHotIndex_1;
  reg        [2:0]    oneHotIndex_2;
  reg        [2:0]    oneHotIndex_3;
  reg        [2:0]    oneHotIndex_4;
  wire                when_nocDefines_l549;
  wire                when_nocDefines_l549_1;
  wire                when_nocDefines_l549_2;
  wire                when_nocDefines_l549_3;
  wire                when_nocDefines_l549_4;

  assign _zz_pointerReg[4 : 0] = 5'h1f;
  assign when_nocDefines_l522 = (|reqsMask);
  assign when_nocDefines_l525 = (|reqsIn);
  assign reqsMask = (reqsIn & pointerReg);
  always @(*) begin
    maskHigerReq[4 : 1] = (maskHigerReq[3 : 0] | reqsMask[3 : 0]);
    maskHigerReq[0] = 1'b0;
  end

  assign maskSelOneHot = (reqsMask & (~ maskHigerReq));
  always @(*) begin
    unmaskHigerReq[4 : 1] = (unmaskHigerReq[3 : 0] | reqsIn[3 : 0]);
    unmaskHigerReq[0] = 1'b0;
  end

  assign unMaskSelOneHot = (reqsIn & (~ unmaskHigerReq));
  assign noReqMask = (! (|reqsMask));
  always @(*) begin
    _zz_selOneHotOut[4] = noReqMask;
    _zz_selOneHotOut[3] = noReqMask;
    _zz_selOneHotOut[2] = noReqMask;
    _zz_selOneHotOut[1] = noReqMask;
    _zz_selOneHotOut[0] = noReqMask;
  end

  assign selOneHotOut = ((_zz_selOneHotOut & unMaskSelOneHot) | maskSelOneHot);
  always @(*) begin
    _zz_grantsOut[4] = grantsEnIn;
    _zz_grantsOut[3] = grantsEnIn;
    _zz_grantsOut[2] = grantsEnIn;
    _zz_grantsOut[1] = grantsEnIn;
    _zz_grantsOut[0] = grantsEnIn;
  end

  assign grantsOut = (_zz_grantsOut & selOneHotOut);
  assign validOut = (|reqsIn);
  assign when_nocDefines_l549 = selOneHotOut[0];
  always @(*) begin
    if(when_nocDefines_l549) begin
      oneHotIndex_0 = 3'b000;
    end else begin
      oneHotIndex_0 = 3'b000;
    end
  end

  assign when_nocDefines_l549_1 = selOneHotOut[1];
  always @(*) begin
    if(when_nocDefines_l549_1) begin
      oneHotIndex_1 = 3'b001;
    end else begin
      oneHotIndex_1 = 3'b000;
    end
  end

  assign when_nocDefines_l549_2 = selOneHotOut[2];
  always @(*) begin
    if(when_nocDefines_l549_2) begin
      oneHotIndex_2 = 3'b010;
    end else begin
      oneHotIndex_2 = 3'b000;
    end
  end

  assign when_nocDefines_l549_3 = selOneHotOut[3];
  always @(*) begin
    if(when_nocDefines_l549_3) begin
      oneHotIndex_3 = 3'b011;
    end else begin
      oneHotIndex_3 = 3'b000;
    end
  end

  assign when_nocDefines_l549_4 = selOneHotOut[4];
  always @(*) begin
    if(when_nocDefines_l549_4) begin
      oneHotIndex_4 = 3'b100;
    end else begin
      oneHotIndex_4 = 3'b000;
    end
  end

  assign oneHotIndex = ((((oneHotIndex_0 | oneHotIndex_1) | oneHotIndex_2) | oneHotIndex_3) | oneHotIndex_4);
  always @(posedge clk or negedge resetn) begin
    if(!resetn) begin
      pointerReg <= _zz_pointerReg;
    end else begin
      if(when_nocDefines_l522) begin
        pointerReg <= maskHigerReq;
      end else begin
        if(when_nocDefines_l525) begin
          pointerReg <= unmaskHigerReq;
        end else begin
          pointerReg <= pointerReg;
        end
      end
    end
  end


endmodule

module meshRouterDorDecoder (
  input               validIn_0,
  input               validIn_1,
  input               validIn_2,
  input               validIn_3,
  input               validIn_4,
  input      [1:0]    xDirIn_0,
  input      [1:0]    xDirIn_1,
  input      [1:0]    xDirIn_2,
  input      [1:0]    xDirIn_3,
  input      [1:0]    xDirIn_4,
  input      [1:0]    yDirIn_0,
  input      [1:0]    yDirIn_1,
  input      [1:0]    yDirIn_2,
  input      [1:0]    yDirIn_3,
  input      [1:0]    yDirIn_4,
  input      [1:0]    myXCordIn,
  input      [1:0]    myYCordIn,
  output reg [4:0]    reqOut_0,
  output reg [4:0]    reqOut_1,
  output reg [4:0]    reqOut_2,
  output reg [4:0]    reqOut_3,
  output reg [4:0]    reqOut_4
);

  wire                xeq_0;
  wire                xeq_1;
  wire                xeq_2;
  wire                xeq_3;
  wire                xeq_4;
  wire                yeq_0;
  wire                yeq_1;
  wire                yeq_2;
  wire                yeq_3;
  wire                yeq_4;
  wire                xgt_0;
  wire                xgt_1;
  wire                xgt_2;
  wire                xgt_3;
  wire                xgt_4;
  wire                ygt_0;
  wire                ygt_1;
  wire                ygt_2;
  wire                ygt_3;
  wire                ygt_4;
  wire                xlt_0;
  wire                xlt_1;
  wire                xlt_2;
  wire                xlt_3;
  wire                xlt_4;
  wire                ylt_0;
  wire                ylt_1;
  wire                ylt_2;
  wire                ylt_3;
  wire                ylt_4;
  wire       [4:0]    _zz_validStud_0;
  wire                validStud_0;
  wire                validStud_1;
  wire                validStud_2;
  wire                validStud_3;
  wire                validStud_4;

  assign _zz_validStud_0 = 5'h0;
  assign validStud_0 = (validIn_0 && _zz_validStud_0[0]);
  assign validStud_1 = (validIn_1 && _zz_validStud_0[1]);
  assign validStud_2 = (validIn_2 && _zz_validStud_0[2]);
  assign validStud_3 = (validIn_3 && _zz_validStud_0[3]);
  assign validStud_4 = (validIn_4 && _zz_validStud_0[4]);
  assign xeq_0 = (xDirIn_0 == myXCordIn);
  assign yeq_0 = (yDirIn_0 == myYCordIn);
  assign xgt_0 = (myXCordIn < xDirIn_0);
  assign ygt_0 = (myYCordIn < yDirIn_0);
  assign xlt_0 = ((! xgt_0) && (! xeq_0));
  assign ylt_0 = ((! ygt_0) && (! yeq_0));
  assign xeq_1 = (xDirIn_1 == myXCordIn);
  assign yeq_1 = (yDirIn_1 == myYCordIn);
  assign xgt_1 = (myXCordIn < xDirIn_1);
  assign ygt_1 = (myYCordIn < yDirIn_1);
  assign xlt_1 = ((! xgt_1) && (! xeq_1));
  assign ylt_1 = ((! ygt_1) && (! yeq_1));
  assign xeq_2 = (xDirIn_2 == myXCordIn);
  assign yeq_2 = (yDirIn_2 == myYCordIn);
  assign xgt_2 = (myXCordIn < xDirIn_2);
  assign ygt_2 = (myYCordIn < yDirIn_2);
  assign xlt_2 = ((! xgt_2) && (! xeq_2));
  assign ylt_2 = ((! ygt_2) && (! yeq_2));
  assign xeq_3 = (xDirIn_3 == myXCordIn);
  assign yeq_3 = (yDirIn_3 == myYCordIn);
  assign xgt_3 = (myXCordIn < xDirIn_3);
  assign ygt_3 = (myYCordIn < yDirIn_3);
  assign xlt_3 = ((! xgt_3) && (! xeq_3));
  assign ylt_3 = ((! ygt_3) && (! yeq_3));
  assign xeq_4 = (xDirIn_4 == myXCordIn);
  assign yeq_4 = (yDirIn_4 == myYCordIn);
  assign xgt_4 = (myXCordIn < xDirIn_4);
  assign ygt_4 = (myYCordIn < yDirIn_4);
  assign xlt_4 = ((! xgt_4) && (! xeq_4));
  assign ylt_4 = ((! ygt_4) && (! yeq_4));
  always @(*) begin
    reqOut_1[3] = ((validStud_1 && xeq_1) && ylt_1);
    reqOut_1[4] = ((validStud_1 && xeq_1) && ygt_1);
    reqOut_1[1] = 1'b0;
    reqOut_1[2] = (validStud_1 && xgt_1);
    reqOut_1[0] = ((validStud_1 && xeq_1) && yeq_1);
  end

  always @(*) begin
    reqOut_2[3] = ((validStud_2 && xeq_2) && ylt_2);
    reqOut_2[4] = ((validStud_2 && xeq_2) && ygt_2);
    reqOut_2[1] = (validStud_2 && xlt_2);
    reqOut_2[2] = 1'b0;
    reqOut_2[0] = ((validStud_2 && xeq_2) && yeq_2);
  end

  always @(*) begin
    reqOut_3[1] = 1'b0;
    reqOut_3[2] = 1'b0;
    reqOut_3[3] = 1'b0;
    reqOut_3[4] = ((validStud_3 && xeq_3) && ygt_3);
    reqOut_3[0] = ((validStud_3 && xeq_3) && yeq_3);
  end

  always @(*) begin
    reqOut_4[1] = 1'b0;
    reqOut_4[2] = 1'b0;
    reqOut_4[3] = ((validStud_4 && xeq_4) && ylt_4);
    reqOut_4[4] = 1'b0;
    reqOut_4[0] = ((validStud_4 && xeq_4) && yeq_4);
  end

  always @(*) begin
    reqOut_0[2] = (validStud_0 && xgt_0);
    reqOut_0[1] = (validStud_0 && xlt_0);
    reqOut_0[0] = 1'b0;
    reqOut_0[3] = ((validStud_0 && xeq_0) && ylt_0);
    reqOut_0[4] = ((validStud_0 && xeq_0) && ygt_0);
  end


endmodule